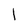
Character: l